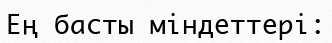
Ең басты міндеттері: